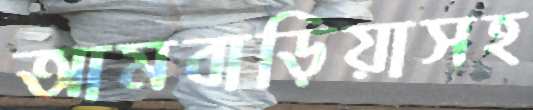
আমবাড়িয়াসহ